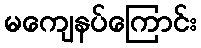
မကျေနပ်ကြောင်း